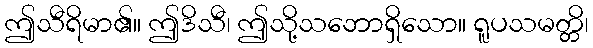
ဤသီရိမာ၏။ ဤဒိသီ၊ ဤသို့သဘောရှိသော။ ရူပသမတ္တိ၊